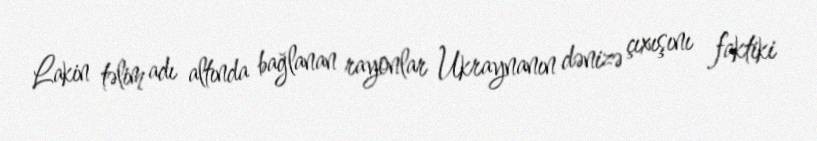
Lakin təlim adı altında bağlanan rayonlar Ukraynanın dənizə çıxışını faktiki